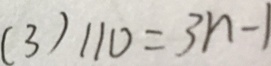
( 3 ) 1 1 0 = 3 n - 1